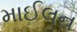
માઈલન